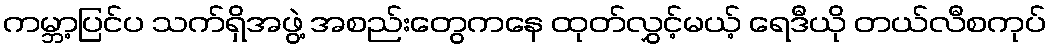
ကမ္ဘာ့ပြင်ပ သက်ရှိအဖွဲ့ အစည်းတွေကနေ ထုတ်လွှင့်မယ့် ရေဒီယို တယ်လီစကုပ်